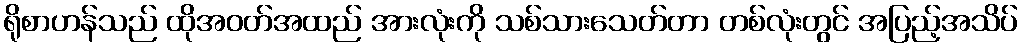
ရိုစာဟန်သည် ထိုအဝတ်အထည် အားလုံးကို သစ်သားသေတ်တာ တစ်လုံးတွင် အပြည့်အသိပ်